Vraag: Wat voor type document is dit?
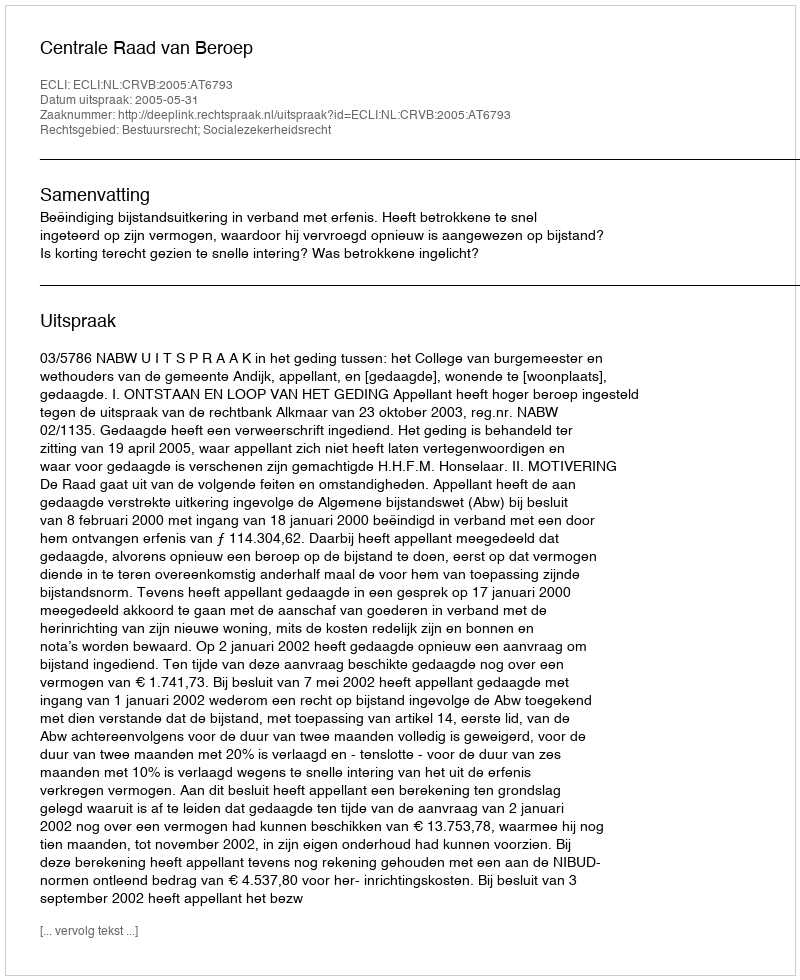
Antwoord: Uitspraak